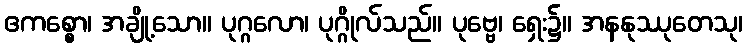
ဧကစ္စော၊ အချို့သော။ ပုဂ္ဂလော၊ ပုဂ္ဂိုလ်သည်။ ပုဗ္ဗေ၊ ရှေး၌။ အနနုဿုတေသု၊